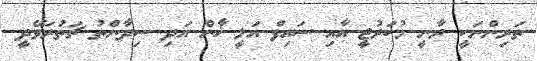
ތަރިންނަކީ ރާނީ މުކަރުޖީ އާއި ސައިފް އަލީ ޚާން އަދި ސިދާންތު ޗަތުރަވޭދީ